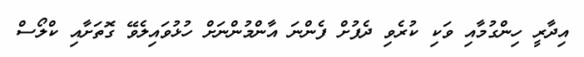
އިދާރީ ހިންގުމާއި ވަކި ކުރެވި ދެފުށް ފެންނަ އާންމުންނަށް ހުޅުވައިލެވޭ ގޮތަށާއި ކްލޯސް